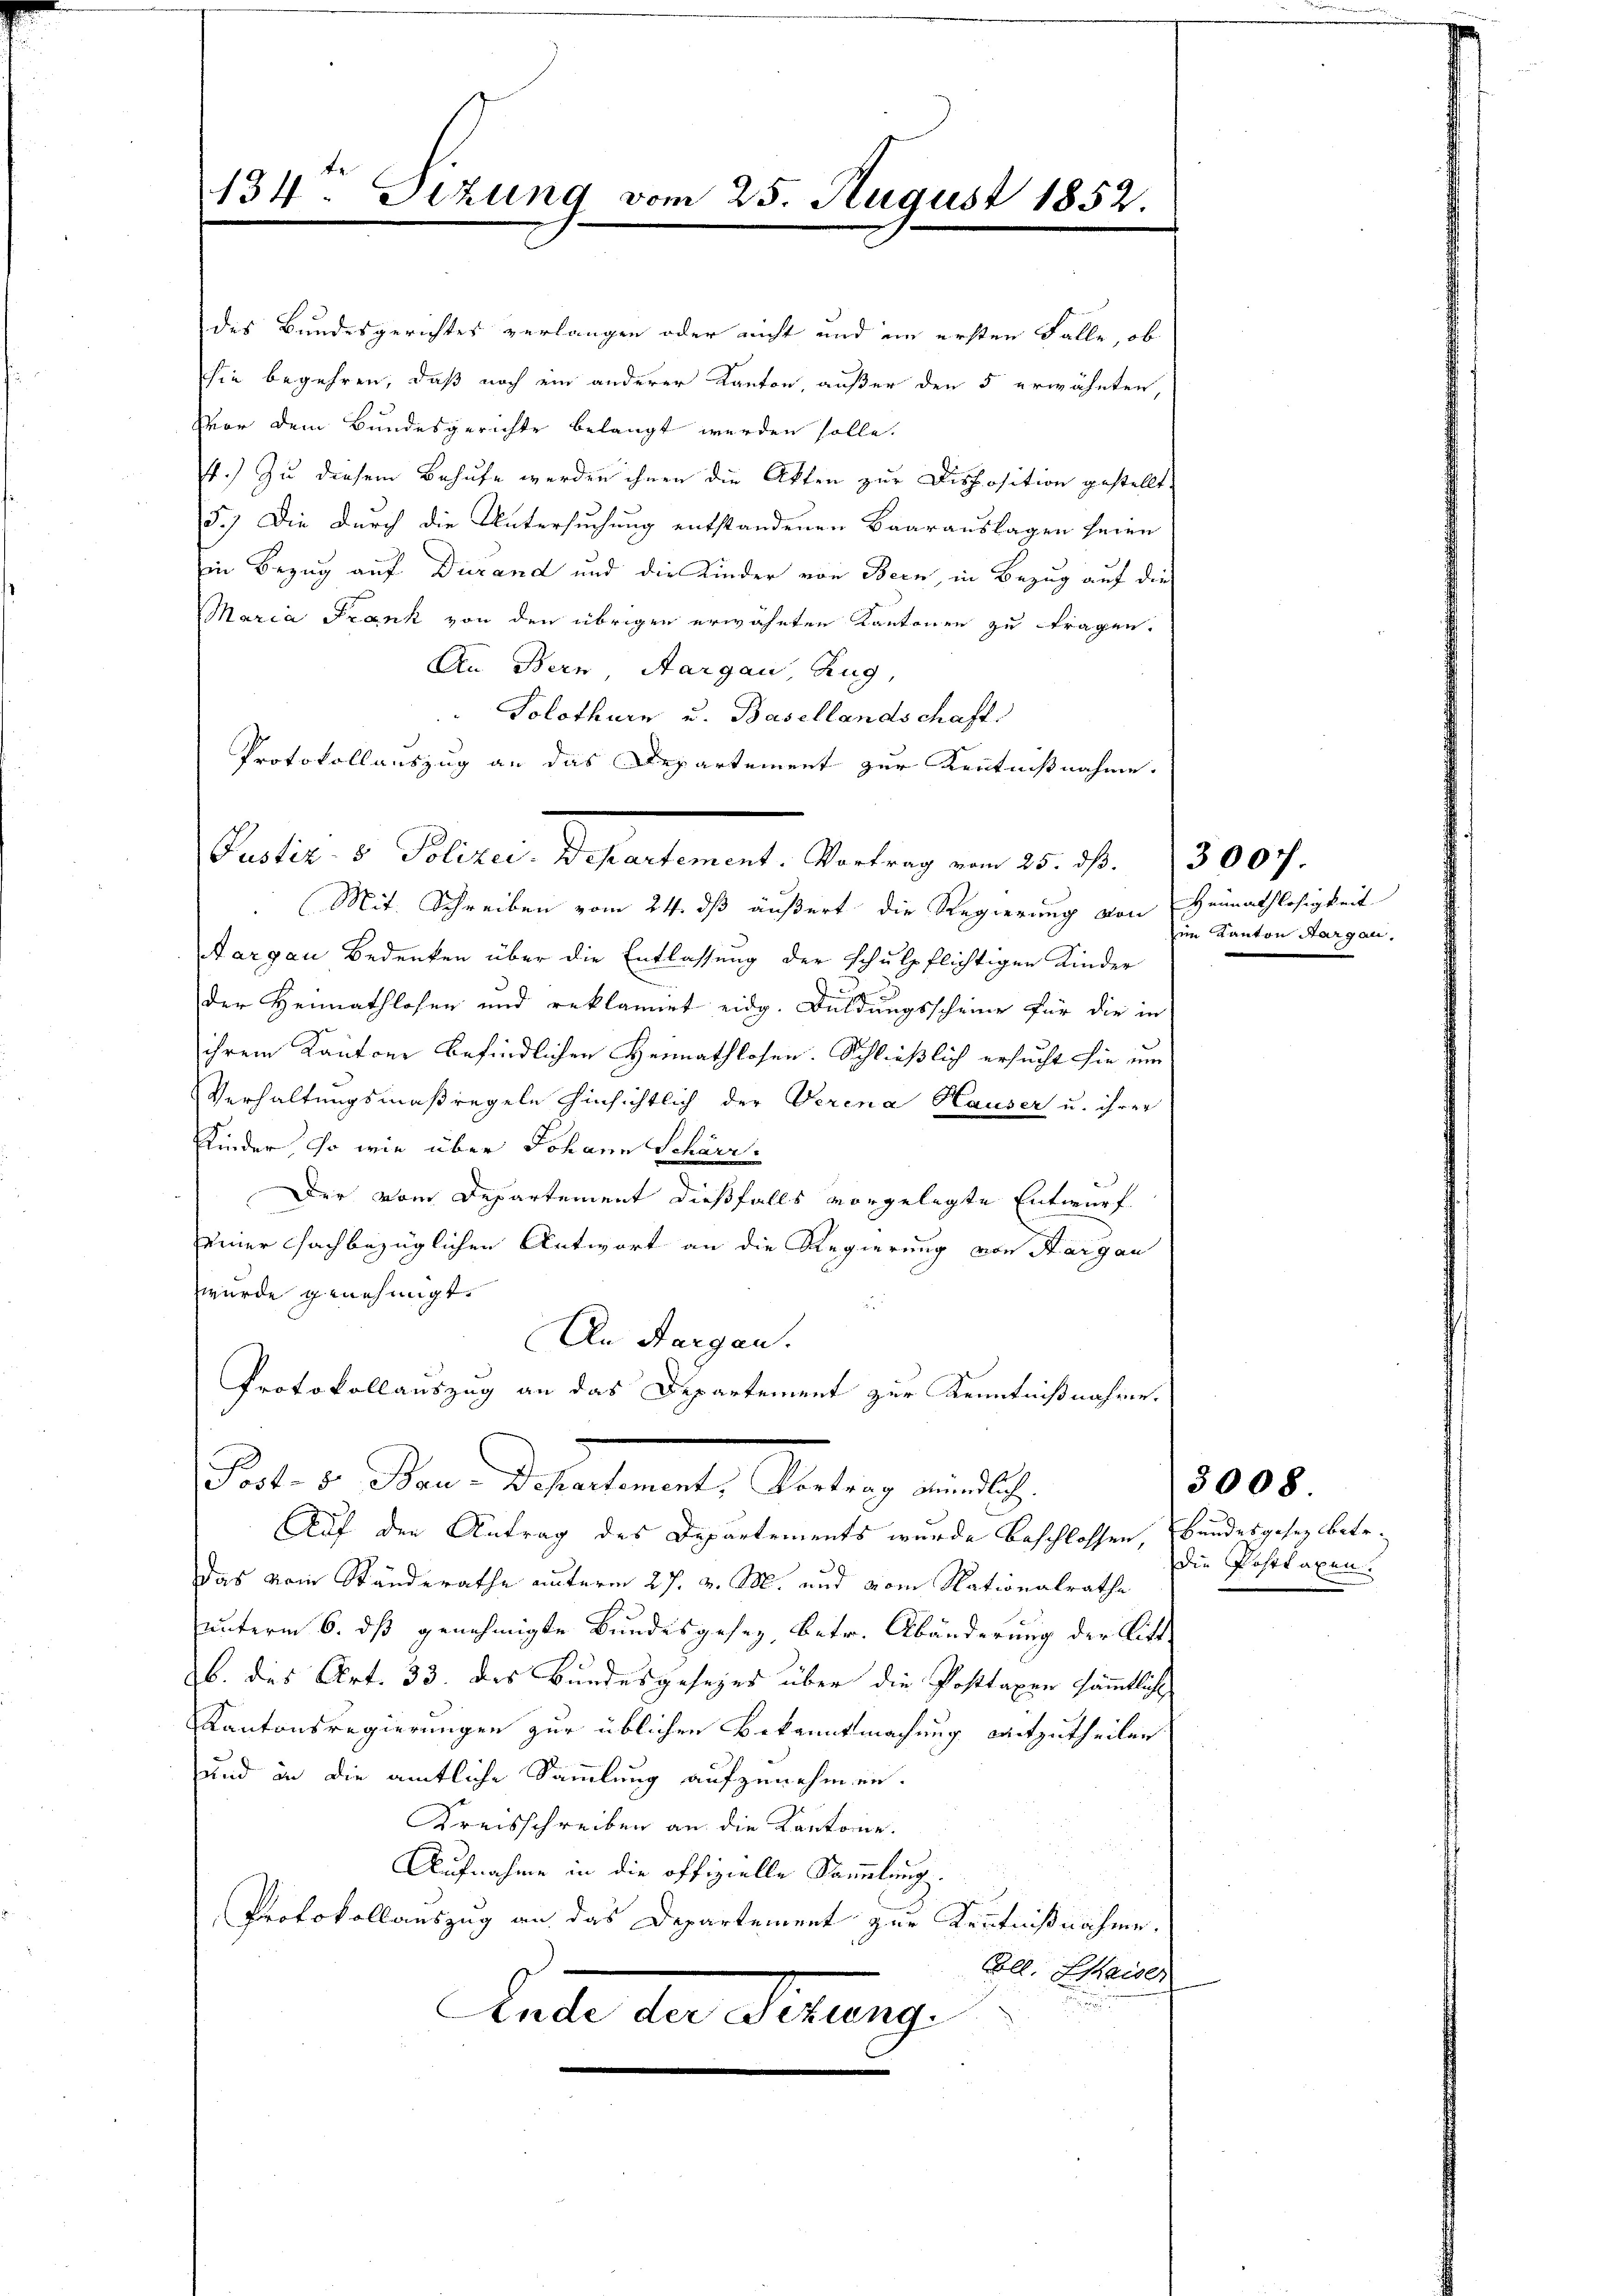
Mit Schreiben vom 24. dß äußert, die Regierung von Heimathlosigkeit
Aargau Bedenken über die Entlassung der schulpflichtigen Kinder
der Heimathlosen und reklamiet eidg. Duldungsscheine für die in
ihrem Kantone befindlichen Heimathlosen. Schließlich ersucht sie um
Verhaltungsmaßregeln hinsichtlich der Verena Hauser u. ihrer
Kinder, so wie über Johann Schärr-
Der vom Departement dießfalls vorgelegte Entwurf
einer Fachbezüglichen Antwort an die Regierung von Aargau
wwurde genehmigt.
An Aargau.
Protokollauszug an das Departement zur Kenntnißnahme.
Tat. v. Stand diesentimat, Antrag auch
Auf den Antrag des Departements wurde beschlossen, Bundesgesez betr.
Das vom Standerathe unterm 27. v. M. und vom Nationalrathe
unterm 6. ds genehmigte Bundesgesez, betr. Abänderung der Bitt-
b. des Art. 33. des Bundesgesezes über die Posttaxen sämmtliche
Kantonsregierungen zur üblichen Bekanntmachung mitzutheilen
und in die amtliche Sammlung aufzunehmen.
Kreisschreiben an die Kantone.
Aufnahme in die offizielle Sammlung.
Protokollauszug an das Departement zur Kenntnißnahme.
Oll. Chaiser
Leute der Firung

134. Sitzung vom 25. August 1852.

des Bundesgerichtes verlangen oder nicht und im ersten Falle, ob
sie begehren, daß noch ein anderer Kanton, außer den 5 erwähnten,
Vor dem Bundesgerichte belangt werden solle.
t.) Zu diesem Behufe werden ihnen die Akten zur Disposition gestellt.
5.) Die durch die Untersuchung entstandenen Baarauslagen seien
Ein Bezug auf Dierand und die Kinder von Bern, in Bezug auf die
Maria Frank von den übrigen erwähnten Kantonen zu fragen.
An Bern, Aargau, Zug,
Solothurn u. Basellandschaft.
Protokollauszug an das Departement zur Kentnißnahme.
Pretirc. v. Polizei Departement. Wertung vom 25. Nr. 15000.

im Kanton Aargau.

3008.

die Posttaxen.